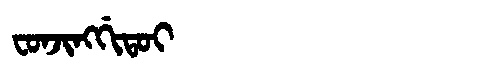
Manchu: ᠸᠣᠨᠵᡳᠩᡤᡳᡨᠣᡳ
Romanization: FONJINGGITOI